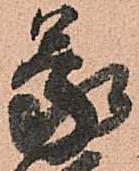
蒙